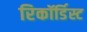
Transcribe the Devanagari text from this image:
रिकॉर्डिस्ट